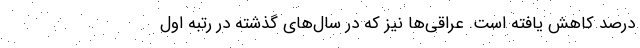
درصد کاهش یافته است. عراقی‌ها نیز که در سال‌های گذشته در رتبه اول